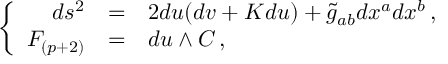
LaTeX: \left\{ \begin{array} { r c l } { { d s ^ { 2 } } } & { { = } } & { { 2 d u ( d v + K d u ) + \tilde { g } _ { a b } d x ^ { a } d x ^ { b } \, , } } \\ { { F _ { ( p + 2 ) } } } & { { = } } & { { d u \land C \, , } } \end{array} \right.